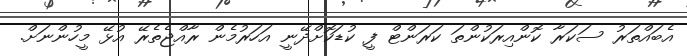
އެބައްތަރު ސަކަރާ ކޮންއިރަކުންތަ ކަރަންޓް ފީ ކުޑަކޮށްދޭނީ އަހަރުމެން ރާއްޖެތެރޭ އުޅޭ މީހުންނަށް.